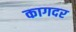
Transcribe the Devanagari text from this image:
कागदर